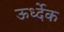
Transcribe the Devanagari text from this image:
ऊर्ध्देक